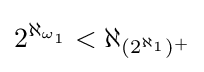
2^{\aleph _{\omega _{1}}}<\aleph _{(2^{\aleph _{1}})^{+}}